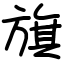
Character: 旗